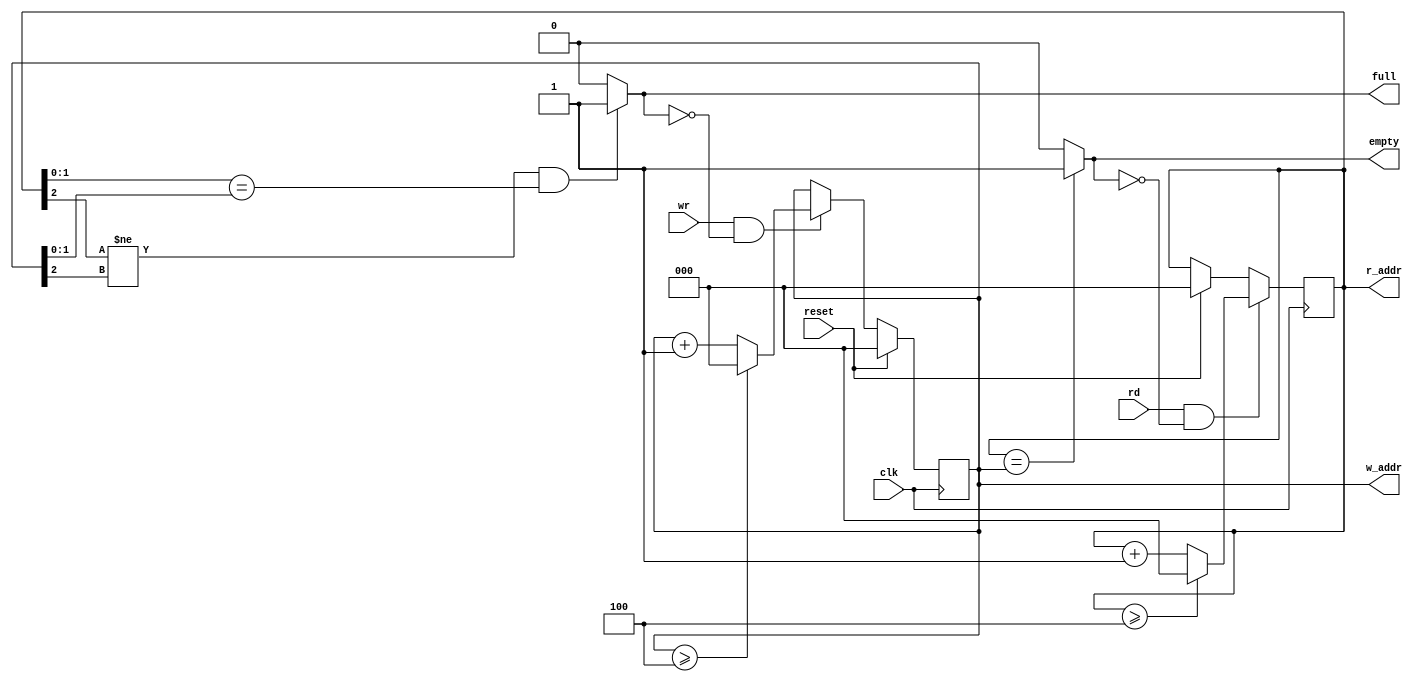
module fifo(clk, reset, wr, rd, full, empty, w_addr, r_addr);
input                clk, reset;
input                wr,  rd;
output             full, empty;
output  [2:0]   w_addr, r_addr;
reg        [2:0]   w_addr, r_addr;

always@(posedge clk)
begin
   if(reset) 
   begin
       w_addr <=0;
       r_addr <=0;
   end
   else
     if( wr && !full)
        if( w_addr >= 4)
            w_addr <= 0;
        else
            w_addr <= w_addr + 1;
            
     if( rd && !empty)
        if( r_addr >= 4)
            r_addr <= 0;
        else
            r_addr <= r_addr + 1;
end

assign full = ((r_addr[2]!=w_addr[2]) && (r_addr[1:0]==w_addr[1:0]))?1'b1:1'b0;

assign empty= (r_addr == w_addr) ? 1'b1 : 1'b0;

endmodule